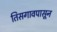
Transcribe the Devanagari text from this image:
तिसगावपासून